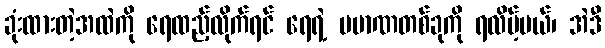
ခုံးထားတဲ့အထဲကို ရေထည့်လိုက်ရင် ရေရဲ့ ပမာဏတစ်ခုကို ရလိမ့်မယ်၊ အဲဒီ